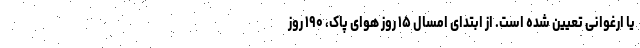
یا ارغوانی تعیین شده است. از ابتدای امسال ۱۵ روز هوای پاک، ۱۹۰ روز